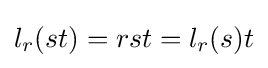
l_{r}(st)=rst=l_{r}(s)t